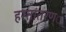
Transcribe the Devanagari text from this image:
हस्तांतरण््